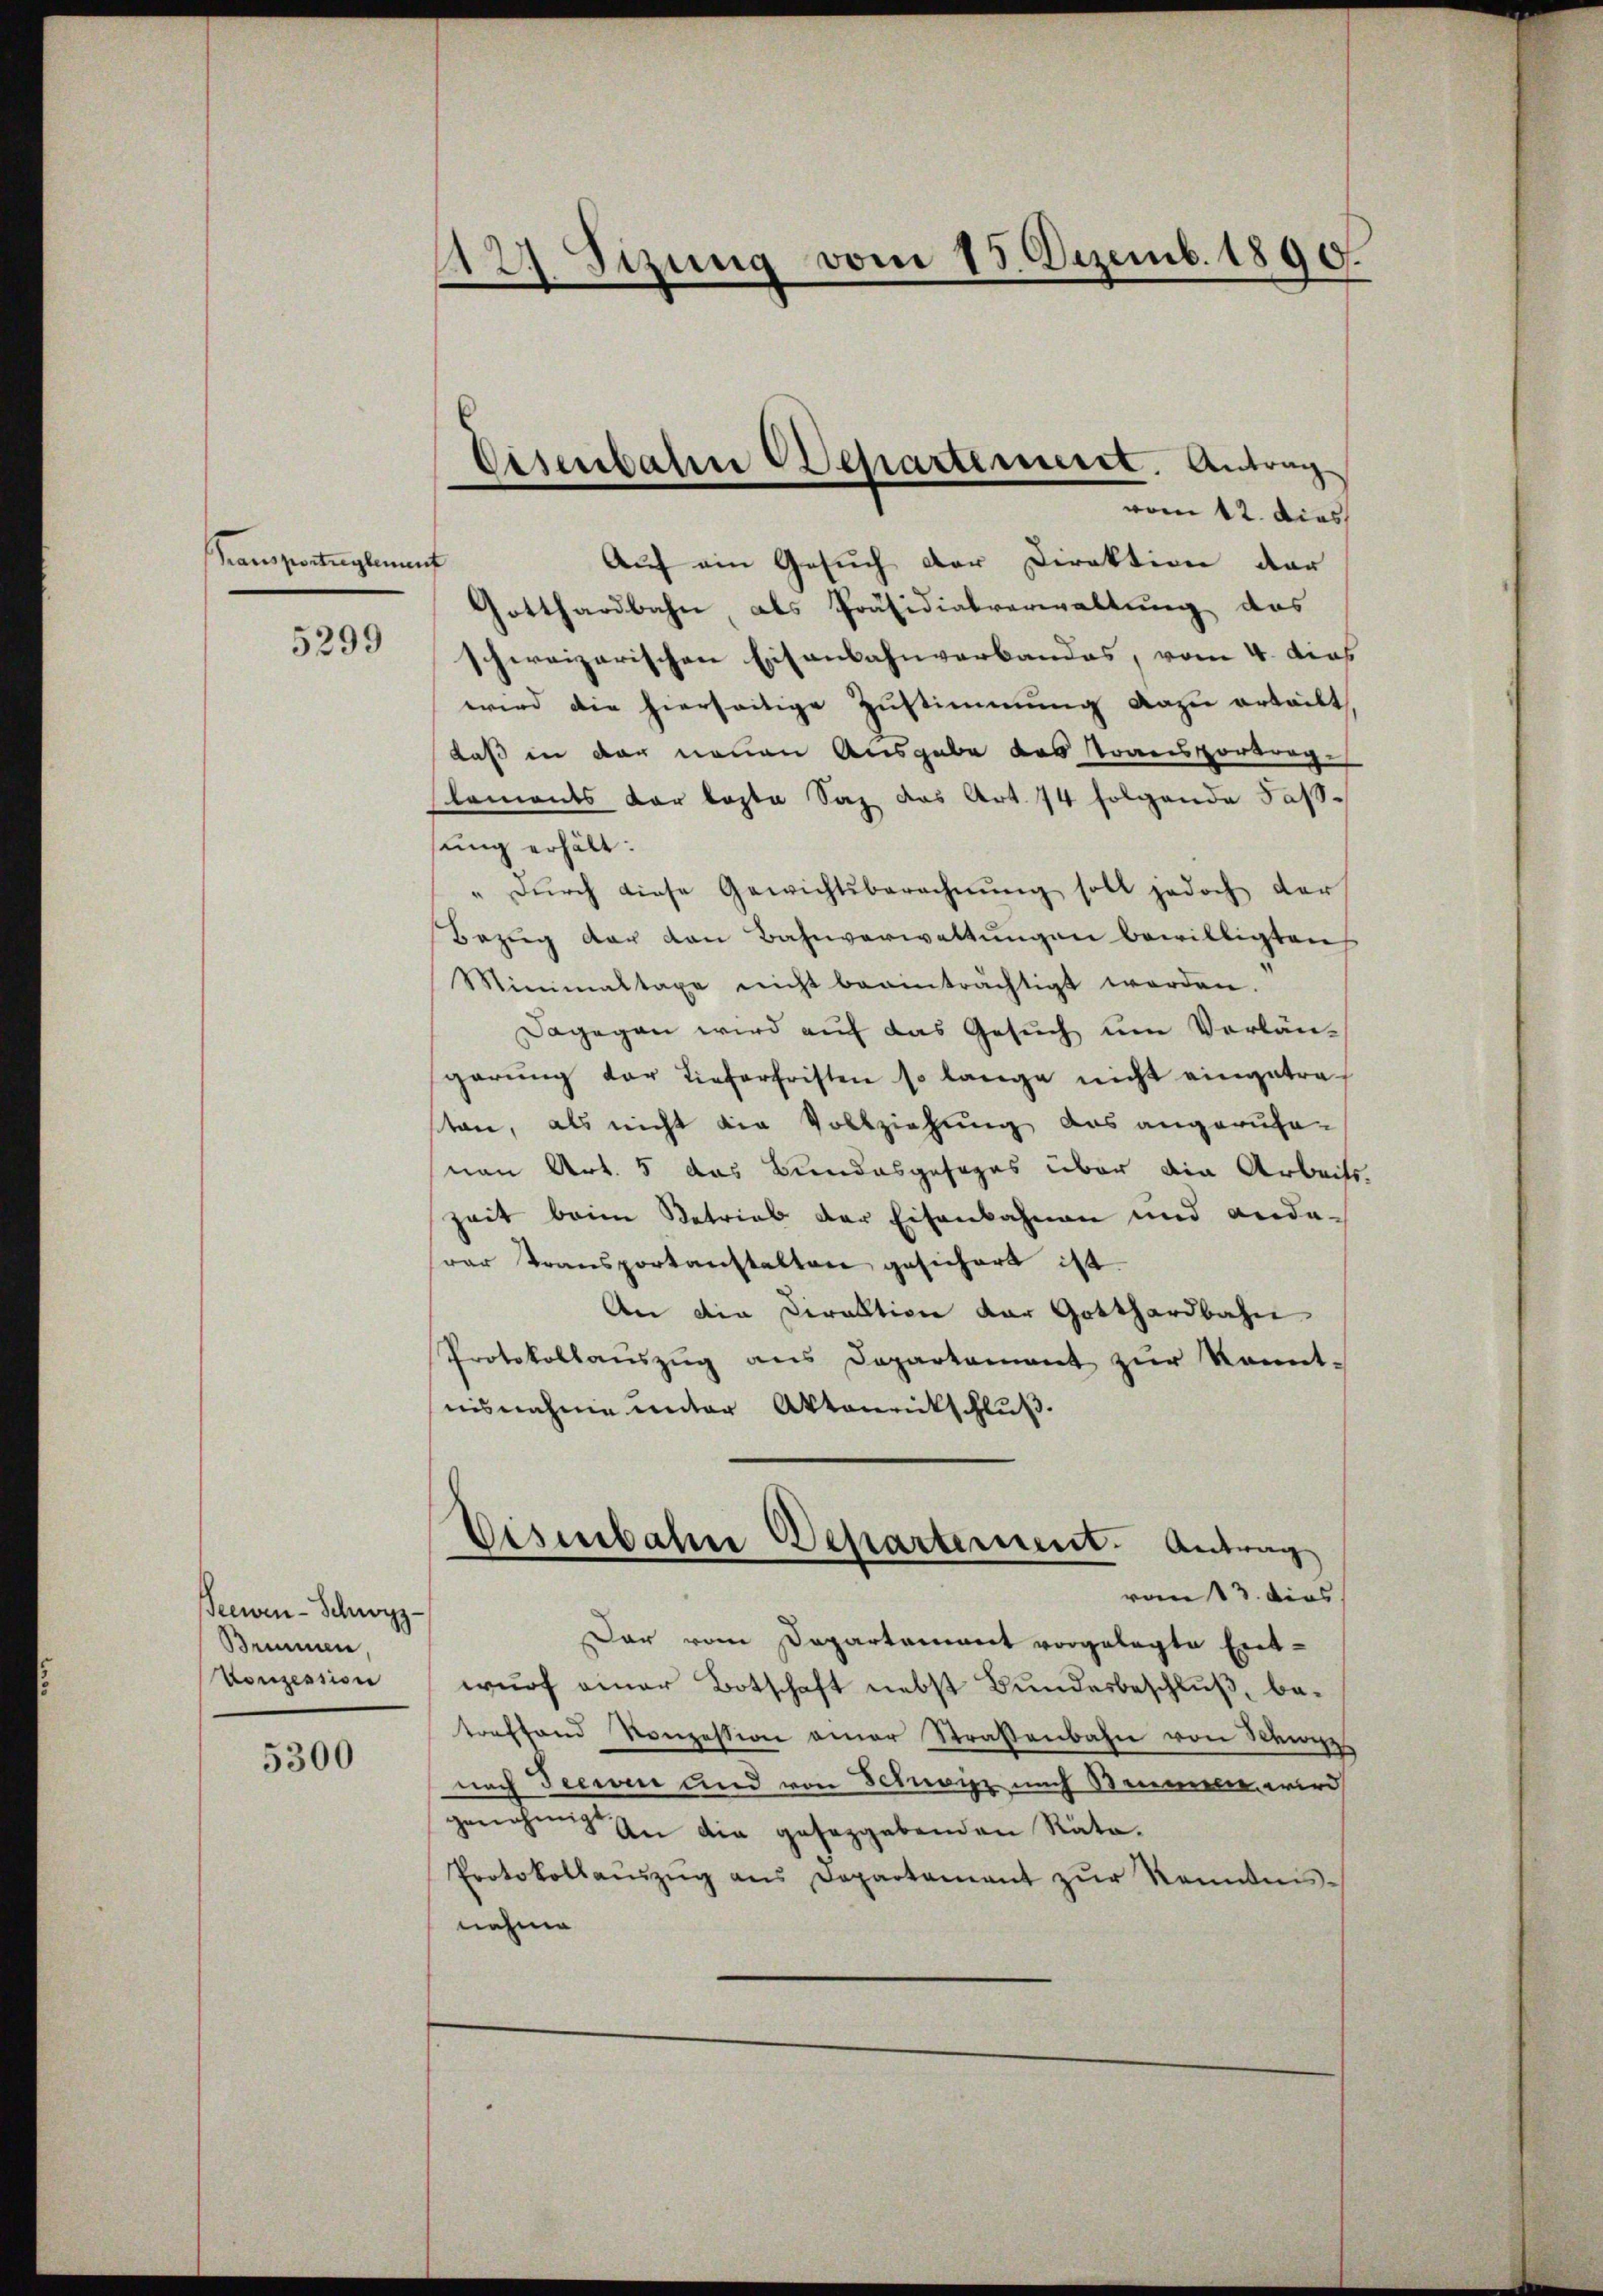
Trauszungeant

5299

Seewen- Schwyz
Bummen,
Vonzession

5300

112) Sizung vom 15. Dezemb. 1890.
e

Auf ein Gesuch der Direktion der
Gotthardbahn als Präsidialverwaltung des
schweizerischen Eisenbahnverbandes, vom 4. das
wird die hierseitige Zustimmung dazu erteilt
daß in der neuen Ausgabe das Transportrag-
Clements der kosta Saz das Art. 74 folgende Fas-
sung erhält.
" dŭrch diese Gewichtsberechnŭng soll jedoch der
Bezug der den Bahnverwaltungen bewilligten
Minimaltaxe nicht beeinträchtigt werden.
Dagegen wird auf das Gesuch um Vorlängarŭng der Lieferfristen so lange nicht eingetra
ton, als nicht die Vollziehung das angerufe-
von Art. 5 das Bundesgesages über die Arbeit
Zeit beim Betrieb der Eisenbahnen und andavar Transportanstalten gesichert ist.
An die Ciraktion der Gotthardbahn
Protokollaŭszŭg ans Departament zŭr Kennt-
nisnahme unter Aktenrickschluß.
Eisenbahn Departement. Antrag
vom 13. dies
Dar vom Departement vorgelegte Entwurf einer Botschaft nebst Bundesbeschluß, betreffend Konzession einer Straßenbahn von Steige
nach Seewen und von Schwisz nach Semmeln wird
genehmig an die geseggebenden Rata.
Protokollaŭszŭg ans Departement zŭr Kenntnis-
nehme

Eisenbaten Departement. Antrag
vom 12. Dies